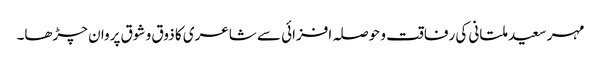
مہر سعید ملتانی کی رفاقت و حوصلہ افزائی سے شاعری کا ذوق و شوق پروان چڑھا۔